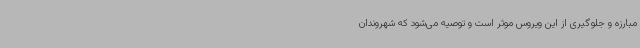
مبارزه و جلوگیری از این ویروس موثر است و توصیه می‌شود که شهروندان